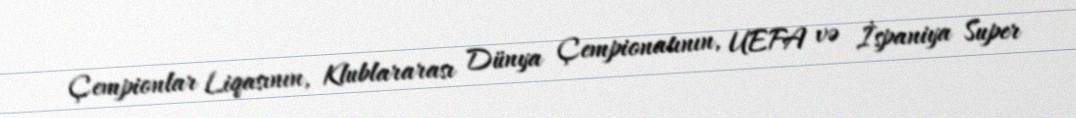
Çempionlar Liqasının, Klublararası Dünya Çempionatının, UEFA və İspaniya Super